Vaccination in Burma 1920-1933 - 1920-1933
Year: 1920
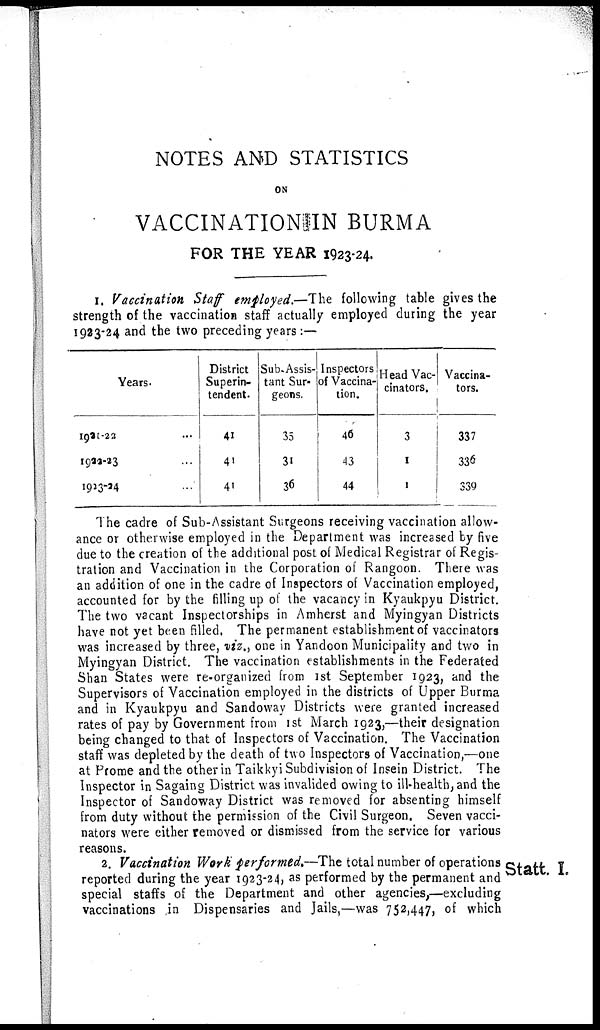
NOTES AND STATISTICS
ON
VACCINATION IN BURMA
FOR THE YEAR 1923-24.
1. Vaccination Staff employed.—The following table gives the
strength of the vaccination staff actually employed during the year
1923-24 and the two preceding years :—
Years.
1921-22... ... ...
1922-23... ... ...
1913-14... ... ...
District
Superin-
tendent.
41
41
41
Sub-Assis-
tant Sur-
geons.
35
31
36
Inspectors
of Vaccina-
tion.
46
43
44
Head Vac-
cinators.
3
1
1
Vaccina-
tors.
337
336
339
The cadre of Sub-Assistant Surgeons receiving vaccination allow-
ance or otherwise employed in the Department was increased by five
due to the creation of the additional post of Medical Registrar of Regis-
tration and Vaccination in the Corporation of Rangoon. There was
an addition of one in the cadre of Inspectors of Vaccination employed,
accounted for by the filling up of the vacancy in Kyaukpyu District.
The two vacant Inspectorships in Amherst and Myingyan Districts
have not yet been filled. The permanent establishment of vaccinators
was increased by three, viz., one in Yandoon Municipality and two in
Myingyan District. The vaccination establishments in the Federated
Shan States were re-organized from 1st September 1923, and the
Supervisors of Vaccination employed in the districts of Upper Burma
and in Kyaukpyu and Sandoway Districts were granted increased
rates of pay by Government from 1st March 1923,—their designation
being changed to that of Inspectors of Vaccination. The Vaccination
staff was depleted by the death of two Inspectors of Vaccination,—one
at Prome and the other in Taikkyi Subdivision of Insein District. The
Inspector in Sagaing District was invalided owing to ill-health, and the
Inspector of Sandoway District was removed for absenting himself
from duty without the permission of the Civil Surgeon. Seven vacci-
nators were either removed or dismissed from the service for various
reasons.
Statt. I.
2. Vaccination Work performed.—The total number of operations
reported during the year 1923-24, as performed by the permanent and
special staffs of the Department and other agencies,—excluding
vaccinations in Dispensaries and Jails,—was 752,447, of which